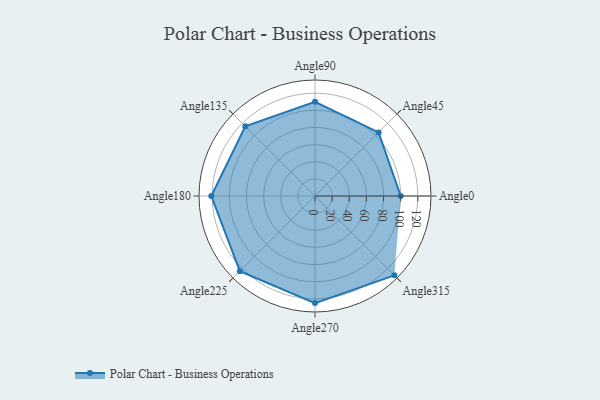
{"axis": {"x": "Angle", "y": "Radius"}, "legend": [""], "data": [{"x": "Angle0", "y": 100.0, "type": ""}, {"x": "Angle45", "y": 105.0, "type": ""}, {"x": "Angle90", "y": 110.0, "type": ""}, {"x": "Angle135", "y": 115.0, "type": ""}, {"x": "Angle180", "y": 121.0, "type": ""}, {"x": "Angle225", "y": 124.0, "type": ""}, {"x": "Angle270", "y": 125.0, "type": ""}, {"x": "Angle315", "y": 131.0, "type": ""}]}